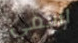
اسمي